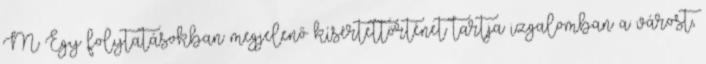
M Egy folytatásokban megjelenő kísértettörténet tartja izgalomban a várost,